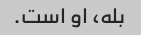
بله، او است.